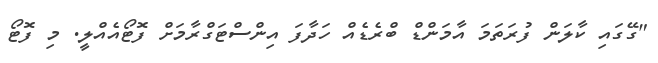
"ގޭގައި ކާލަން ފުރަތަމަ އާމަންޑް ބްރެޑެއް ހަދާފަ އިންސްޓަގްރާމަށް ފޮޓޯއެއްލީ. މި ފޮޓޯ